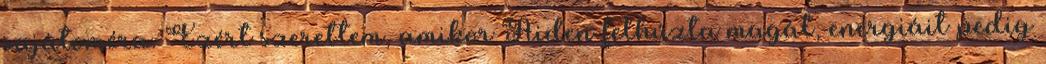
sajátoméra. Ezért szerettem, amikor Aiden felhúzta magát, energiáit pedig